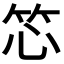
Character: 𬔰